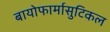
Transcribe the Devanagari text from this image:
बायोफार्मासुटिकल